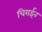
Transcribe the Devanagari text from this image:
चिराईत